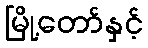
မြို့တော်နှင့်